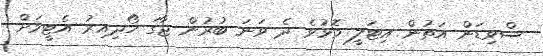
ސްވިޑަން އަތުން އިޓަލީ މޮޅުވެ ދެ ވަނަ ބުރުން ޖާގަ ހޯދިއިރު އެޓީމަށް